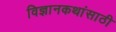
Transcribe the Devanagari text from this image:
विज्ञानकथांसाठी